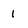
Character: 1